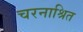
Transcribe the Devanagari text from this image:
चरनाश्रित